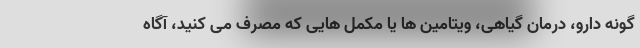
گونه دارو، درمان گیاهی، ویتامین ها یا مکمل هایی که مصرف می کنید، آگاه